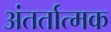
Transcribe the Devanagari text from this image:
अंतर्तात्मक